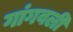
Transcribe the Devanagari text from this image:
गांगवली